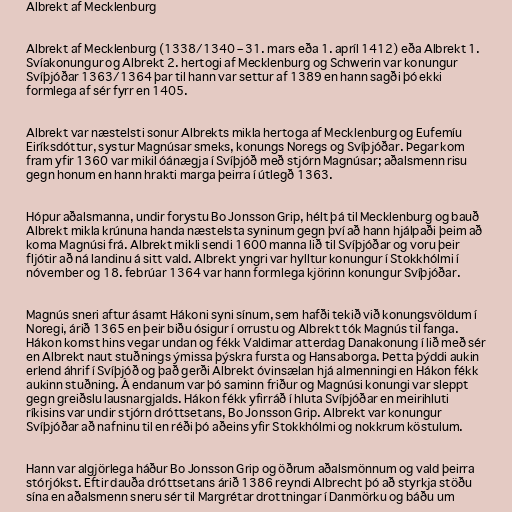
Albrekt af Mecklenburg

Albrekt af Mecklenburg (1338/1340 – 31. mars eða 1. apríl 1412) eða Albrekt 1.
Svíakonungur og Albrekt 2. hertogi af Mecklenburg og Schwerin var konungur
Svíþjóðar 1363/1364 þar til hann var settur af 1389 en hann sagði þó ekki
formlega af sér fyrr en 1405.

Albrekt var næstelsti sonur Albrekts mikla hertoga af Mecklenburg og Eufemíu
Eiríksdóttur, systur Magnúsar smeks, konungs Noregs og Svíþjóðar. Þegar kom
fram yfir 1360 var mikil óánægja í Svíþjóð með stjórn Magnúsar; aðalsmenn risu
gegn honum en hann hrakti marga þeirra í útlegð 1363.

Hópur aðalsmanna, undir forystu Bo Jonsson Grip, hélt þá til Mecklenburg og bauð
Albrekt mikla krúnuna handa næstelsta syninum gegn því að hann hjálpaði þeim að
koma Magnúsi frá. Albrekt mikli sendi 1600 manna lið til Svíþjóðar og voru þeir
fljótir að ná landinu á sitt vald. Albrekt yngri var hylltur konungur í Stokkhólmi í
nóvember og 18. febrúar 1364 var hann formlega kjörinn konungur Svíþjóðar.

Magnús sneri aftur ásamt Hákoni syni sínum, sem hafði tekið við konungsvöldum í
Noregi, árið 1365 en þeir biðu ósigur í orrustu og Albrekt tók Magnús til fanga.
Hákon komst hins vegar undan og fékk Valdimar atterdag Danakonung í lið með sér
en Albrekt naut stuðnings ýmissa þýskra fursta og Hansaborga. Þetta þýddi aukin
erlend áhrif í Svíþjóð og það gerði Albrekt óvinsælan hjá almenningi en Hákon fékk
aukinn stuðning. Á endanum var þó saminn friður og Magnúsi konungi var sleppt
gegn greiðslu lausnargjalds. Hákon fékk yfirráð í hluta Svíþjóðar en meirihluti
ríkisins var undir stjórn dróttsetans, Bo Jonsson Grip. Albrekt var konungur
Svíþjóðar að nafninu til en réði þó aðeins yfir Stokkhólmi og nokkrum köstulum.

Hann var algjörlega háður Bo Jonsson Grip og öðrum aðalsmönnum og vald þeirra
stórjókst. Eftir dauða dróttsetans árið 1386 reyndi Albrecht þó að styrkja stöðu
sína en aðalsmenn sneru sér til Margrétar drottningar í Danmörku og báðu um